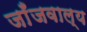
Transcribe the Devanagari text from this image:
जाँजवाल्य